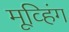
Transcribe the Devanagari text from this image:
मूव्हिंग